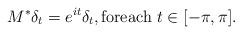
LaTeX: \begin{align*} M^*\delta_t=e^{it}\delta_t, \mbox{foreach $t\in [-\pi, \pi]$}. \end{align*}